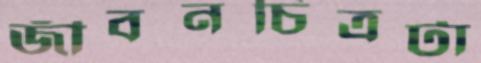
জীবনচিত্রটা